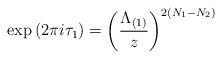
LaTeX: \begin{align*}\mbox{exp}\left( 2\pi i \tau_1 \right) =\left(\frac{\Lambda_{(1)}}{z}\right)^{2 (N_1 - N_2)}\end{align*}